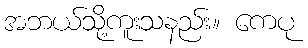
အဘယ်သို့ကူးသနည်း။ ကေပု